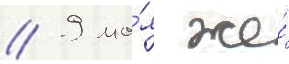
// 9 ма́я же́